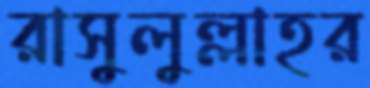
রাসুলুল্লাহর